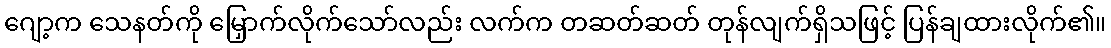
ဂျော့က သေနတ်ကို မြှောက်လိုက်သော်လည်း လက်က တဆတ်ဆတ် တုန်လျက်ရှိသဖြင့် ပြန်ချထားလိုက်၏။